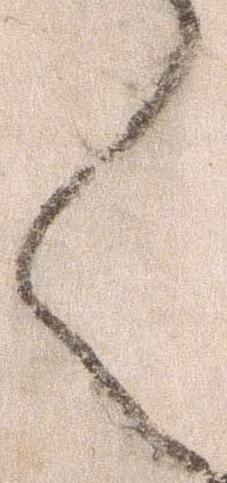
く